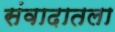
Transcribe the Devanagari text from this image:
संवादातला